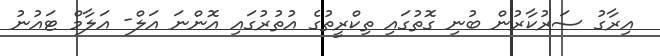
އިރާގު ސަރުކާރުން ބުނި ގޮތުގައި ތިކްރީތުގެ އުތުރުގައި އޮންނަ އަލް- އަލާމް ޓައުނު